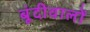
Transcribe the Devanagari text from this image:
बूंदीवालों